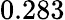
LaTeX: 0.283